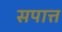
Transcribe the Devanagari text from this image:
सपात्त